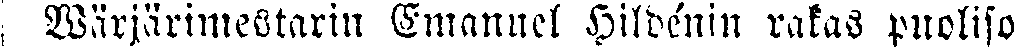
Wärjärimestarin Emanuel Hildénin rakas puoliso